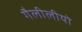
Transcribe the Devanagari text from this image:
गैलीलीयो